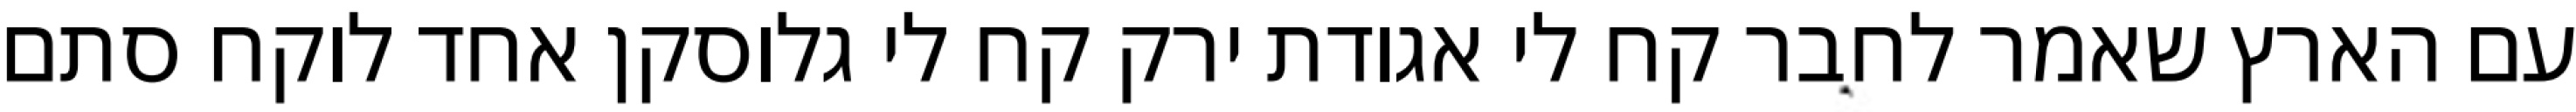
עם הארץ שאמר לחבר קח לי אגודת ירק קח לי גלוסקן אחד לוקח סתם